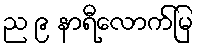
ည ၉ နာရီလောက်မြ